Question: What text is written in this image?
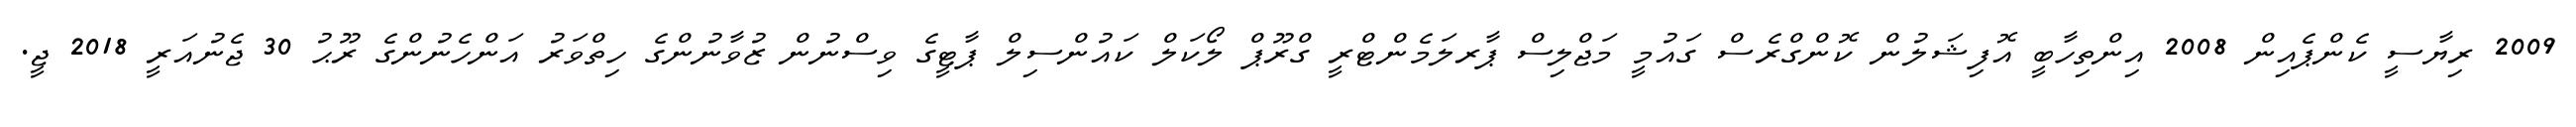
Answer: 2009 ރިޔާސީ ކެންޕެއިން 2008 އިންތިހާބީ އޮފިޝަލުން ކޮންގްރެސް ގައުމީ މަޖްލިސް ޕާރލަމެންޓްރީ ގްރޫޕް ލޯކަލް ކައުންސިލް ޕާޓީގެ ވިސްނުން ޒުވާނުންގެ ހިތްވަރު އަންހެނުންގެ ރޫޙު 30 ޖެނުއަރީ 2018 ޖީ.